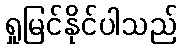
ရှုမြင်နိုင်ပါသည်